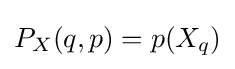
P_{X}(q,p)=p(X_{q})